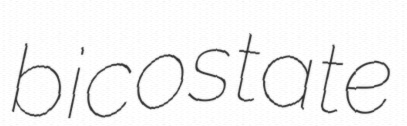
bicostate